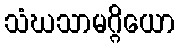
သံဃသာမဂ္ဂိယော